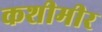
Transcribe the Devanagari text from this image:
कशीमीर